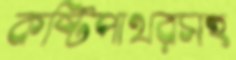
কষ্টিপাথরসহ